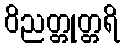
ဝိညတ္တုတ္တရိ